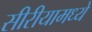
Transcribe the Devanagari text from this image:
सीरीयामध्ये